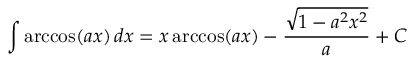
\int \operatorname { a r c c o s } ( a x ) \, d x = x \operatorname { a r c c o s } ( a x ) - { \frac { \sqrt { 1 - a ^ { 2 } x ^ { 2 } } } { a } } + C